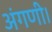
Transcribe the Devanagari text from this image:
अंगणी।